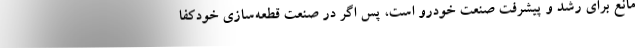
مانع برای رشد و پیشرفت صنعت خودرو است، پس اگر در صنعت قطعه‌سازی خودکفا